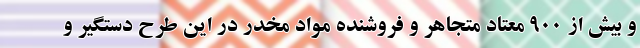
و بیش از ۹۰۰ معتاد متجاهر و فروشنده مواد مخدر در این طرح دستگیر و